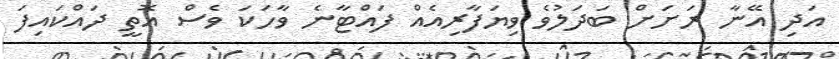
އަދި އޭނާ ރަށަށް ބަދަލުވެ ވިޔަފާރިއެއް ފައްޓާނެ ވާހަކަ ވެސް އޮތީ ދައްކައިފަ